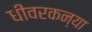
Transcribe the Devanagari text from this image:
धीवरकन्या